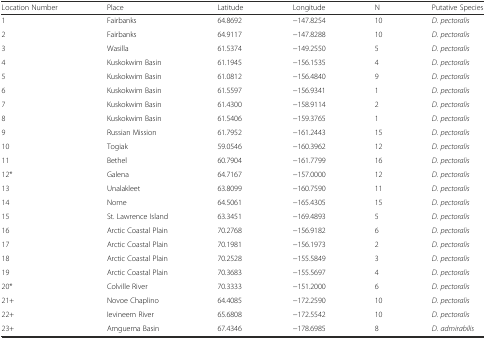
| Location Number | Place | Latitude | Longitude | N | Putative Species |
 | --- | --- | --- | --- | --- | --- |
 | 1 | Fairbanks | 64.8692 | −147.8254 | 10 | D. pectoralis |
 | 2 | Fairbanks | 64.9117 | −147.8288 | 10 | D. pectoralis |
 | 3 | Wasilla | 61.5374 | −149.2550 | 5 | D. pectoralis |
 | 4 | Kuskokwim Basin | 61.1945 | −156.1535 | 4 | D. pectoralis |
 | 5 | Kuskokwim Basin | 61.0812 | −156.4840 | 9 | D. pectoralis |
 | 6 | Kuskokwim Basin | 61.5597 | −156.9341 | 1 | D. pectoralis |
 | 7 | Kuskokwim Basin | 61.4300 | −158.9114 | 2 | D. pectoralis |
 | 8 | Kuskokwim Basin | 61.5406 | −159.3765 | 1 | D. pectoralis |
 | 9 | Russian Mission | 61.7952 | −161.2443 | 15 | D. pectoralis |
 | 10 | Togiak | 59.0546 | −160.3962 | 12 | D. pectoralis |
 | 11 | Bethel | 60.7904 | −161.7799 | 16 | D. pectoralis |
 | 12* | Galena | 64.7167 | −157.0000 | 12 | D. pectoralis |
 | 13 | Unalakleet | 63.8099 | −160.7590 | 11 | D. pectoralis |
 | 14 | Nome | 64.5061 | −165.4305 | 15 | D. pectoralis |
 | 15 | St. Lawrence Island | 63.3451 | −169.4893 | 5 | D. pectoralis |
 | 16 | Arctic Coastal Plain | 70.2768 | −156.9182 | 6 | D. pectoralis |
 | 17 | Arctic Coastal Plain | 70.1981 | −156.1973 | 2 | D. pectoralis |
 | 18 | Arctic Coastal Plain | 70.2528 | −155.5849 | 3 | D. pectoralis |
 | 19 | Arctic Coastal Plain | 70.3683 | −155.5697 | 4 | D. pectoralis |
 | 20* | Colville River | 70.3333 | −151.2000 | 6 | D. pectoralis |
 | 21+ | Novoe Chaplino | 64.4085 | −172.2590 | 10 | D. pectoralis |
 | 22+ | Ievineem River | 65.6808 | −172.5542 | 10 | D. pectoralis |
 | 23+ | Amguema Basin | 67.4346 | −178.6985 | 8 | D. admirabilis |